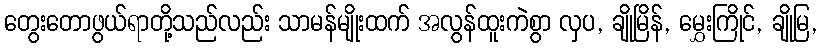
တွေးတောဖွယ်ရာတို့သည်လည်း သာမန်မျိုးထက် အလွန်ထူးကဲစွာ လှပ, ချိုမြိန်, မွှေးကြိုင်, ချိုမြ,